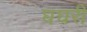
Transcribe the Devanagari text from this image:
घघरी